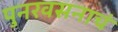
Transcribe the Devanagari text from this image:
पुनरवसनाचं